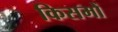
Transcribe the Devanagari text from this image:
किसमों